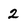
Character: 2